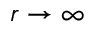
r \rightarrow \infty